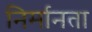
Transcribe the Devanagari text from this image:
निर्मानता